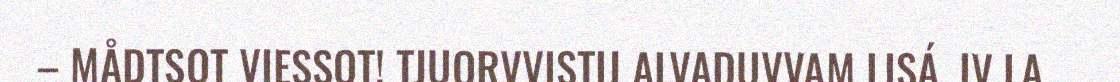
– MÅDTSOT VIESSOT! TJUORVVISTIJ ALVADUVVAM LISÁ. IV LA